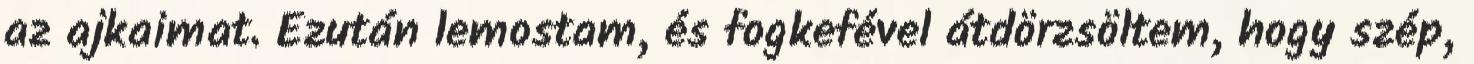
az ajkaimat. Ezután lemostam, és fogkefével átdörzsöltem, hogy szép,